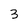
Character: 3